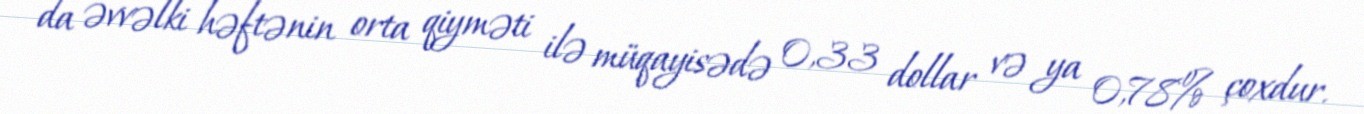
da əvvəlki həftənin orta qiyməti ilə müqayisədə 0,33 dollar və ya 0,78% çoxdur.